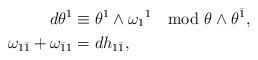
LaTeX: \begin{align*} d\theta^1 & \equiv \theta^1 \wedge \omega_1{}^1 \mod \theta \wedge \theta^{\bar 1} , \\ \omega_{1\bar1} + \omega_{\bar 11} & = dh_{1\bar 1} ,\end{align*}